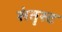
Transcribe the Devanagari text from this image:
संतृस्ट